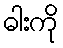
ဓါးကို